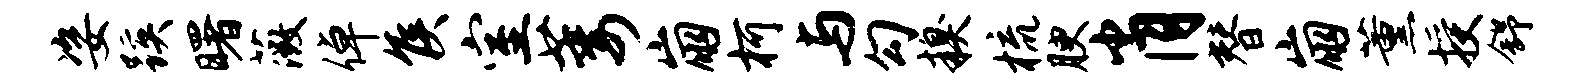
姿蹊曙薇倬侯室萎崩柯与勾糗梳腴肖替崩薰授舒